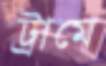
ট্রামে